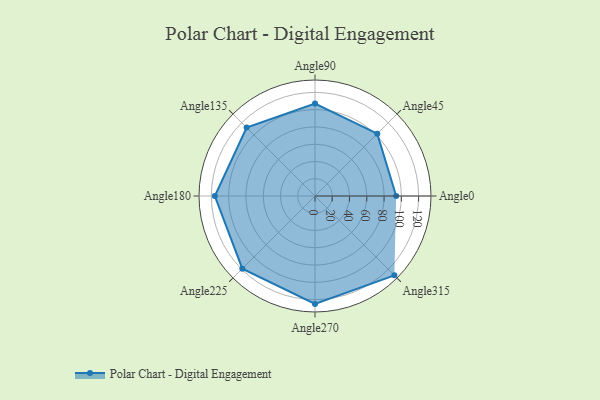
{"axis": {"x": "Angle", "y": "Radius"}, "legend": [""], "data": [{"x": "Angle0", "y": 94.0, "type": ""}, {"x": "Angle45", "y": 102.0, "type": ""}, {"x": "Angle90", "y": 107.0, "type": ""}, {"x": "Angle135", "y": 112.0, "type": ""}, {"x": "Angle180", "y": 116.0, "type": ""}, {"x": "Angle225", "y": 119.0, "type": ""}, {"x": "Angle270", "y": 125.0, "type": ""}, {"x": "Angle315", "y": 130.0, "type": ""}]}